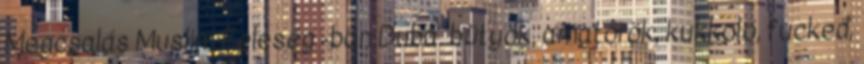
Megcsalás Muslim Feleség -ban Duba. bütyök, amatőrök, kukkoló, fucked,